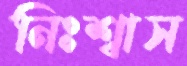
নিঃশ্বাস